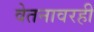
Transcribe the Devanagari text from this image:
वेतनावरही